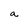
Character: a